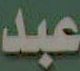
عبد